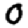
Digit: 0